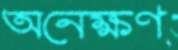
অনেক্ষণ